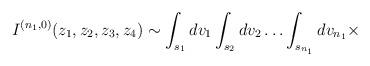
LaTeX: \begin{align*}I^{( n_{1} , 0 )}(z_{1},z_{2},z_{3},z_{4}) \sim\int_{s_{1}}dv_{1}\int_{s_{2}}dv_{2}\ldots\int_{s_{n_{1}}}dv_{n_{1}} \times\end{align*}